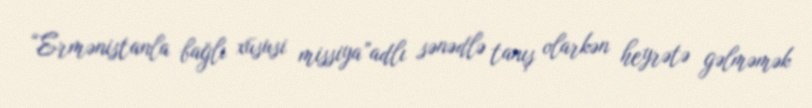
“Ermənistanla bağlı xüsusi missiya”adlı sənədlə tanış olarkən heyrətə gəlməmək